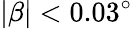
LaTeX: |\beta|<0.03^{\circ}